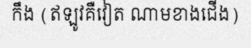
កឹង (ឥឡូវគឺវៀត ណាមខាងជើង)